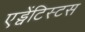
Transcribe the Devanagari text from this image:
एड्वेंटिस्टस